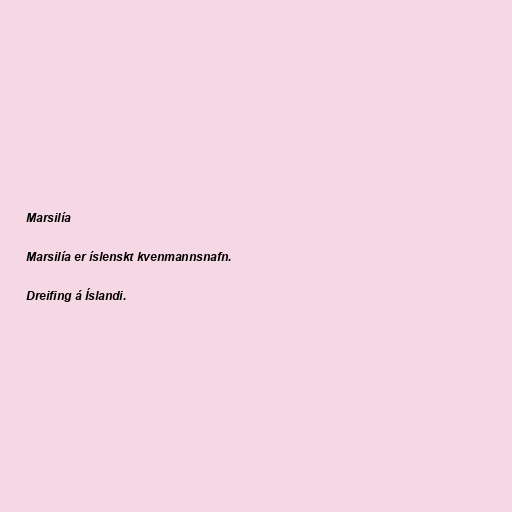
Marsilía

Marsilía er íslenskt kvenmannsnafn.

Dreifing á Íslandi.